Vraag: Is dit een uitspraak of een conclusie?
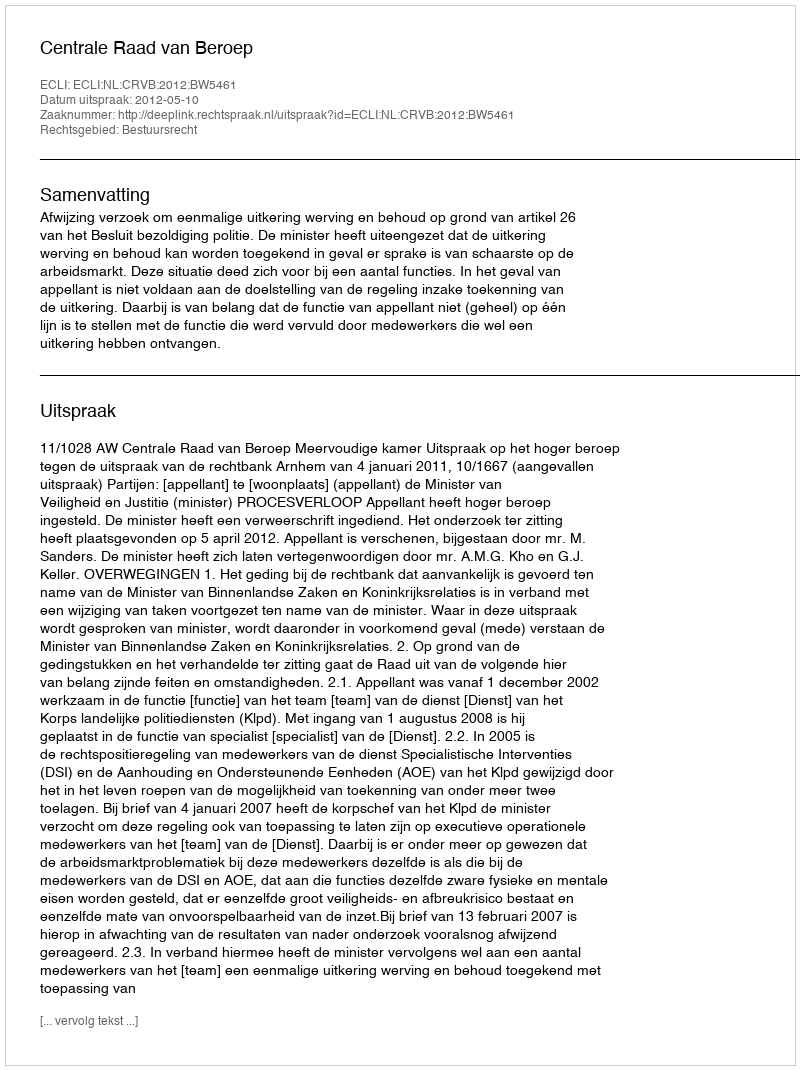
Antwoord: Uitspraak